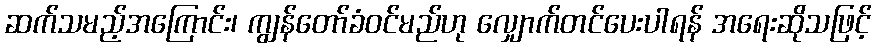
ဆက်သမည့်အကြောင်း၊ ကျွန်တော်ခံဝင်မည်ဟု လျှောက်တင်ပေးပါရန် အရေးဆိုသဖြင့်